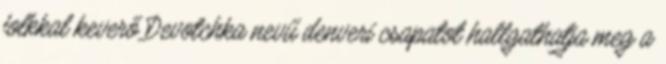
folkkal keverő Devotchka nevű denveri csapatot hallgathatja meg a